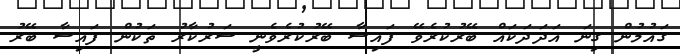
ގައުމުން ގިނަ އަދަދަކައް ބޭރުކުރެވޭ ފައިސާ ބޭރުކުރެވެނީ ސަރުކާރު ތަކުން ފައިސާ ބޭރު